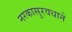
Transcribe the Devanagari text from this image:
नरकासुरवधाने